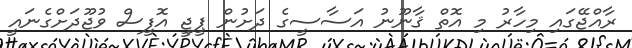
ރާއްޖޭގައި މިހާރު މި އޮތް ޤާނޫނު އަސާސީގެ ދަށުން ޕީޖީ އޮފީސް ވުޖޫދަށްގެނައީ